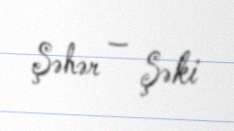
Şəhər — Şəki